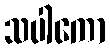
သပါကော